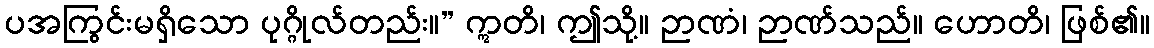
ပအကြွင်းမရှိသော ပုဂ္ဂိုလ်တည်း။” ဣတိ၊ ဤသို့။ ဉာဏံ၊ ဉာဏ်သည်။ ဟောတိ၊ ဖြစ်၏။